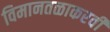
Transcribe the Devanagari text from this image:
विमानतळाकरवी